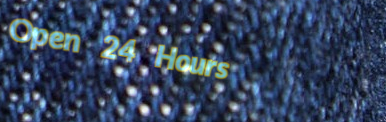
Open 24 Hours